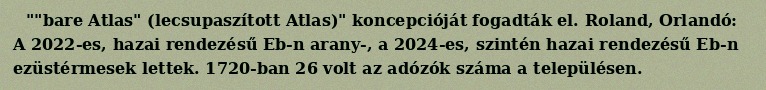
""bare Atlas" (lecsupaszított Atlas)" koncepcióját fogadták el. Roland, Orlandó: A 2022-es, hazai rendezésű Eb-n arany-, a 2024-es, szintén hazai rendezésű Eb-n ezüstérmesek lettek. 1720-ban 26 volt az adózók száma a településen.